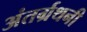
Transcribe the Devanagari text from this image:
अंतर्ग्रथनी